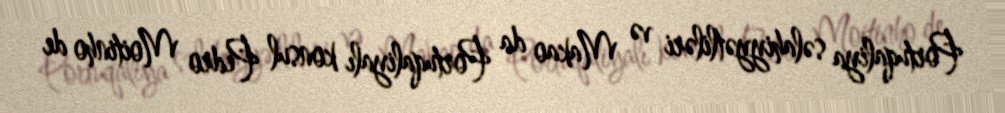
Portuqaliya səlahiyyətliləri və Makao da Portuqaliyalı konsul Pedro Moitinho de